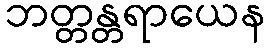
ဘတ္တန္တရာယေန